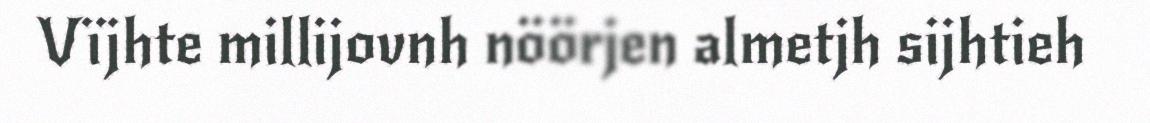
Vïjhte millijovnh nöörjen almetjh sijhtieh